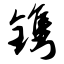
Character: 镌